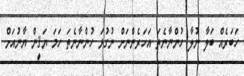
ހަބަރެއް ބަލާ ނުލާ ހުންނާނެތަ އަހަރެންނަށް ނުގުޅަ ހުންނާނެތަ ހަމަ ޔަޤީން ޔާނުއަށް